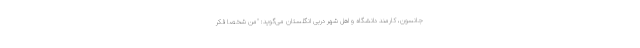
جانسون، کارمند دانشگاه و اهل شهر دربی انگلستان می‌گوید: "من شخصا فکر